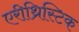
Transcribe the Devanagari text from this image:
एरीथ्रिस्टिक